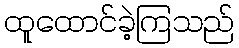
ထူထောင်ခဲ့ကြသည်